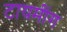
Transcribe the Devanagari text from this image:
टायमींग